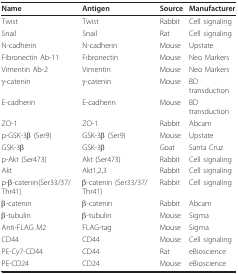
<table><thead><tr><td><b>Name</b></td><td><b>Antigen</b></td><td><b>Source</b></td><td><b>Manufacturer</b></td></tr></thead><tbody><tr><td>Twist</td><td>Twist</td><td>Rabbit</td><td>Cell signaling</td></tr><tr><td>Snail</td><td>Snail</td><td>Rat</td><td>Cell signaling</td></tr><tr><td>N-cadherin</td><td>N-cadherin</td><td>Mouse</td><td>Upstate</td></tr><tr><td>Fibronectin Ab-11</td><td>Fibronectin</td><td>Mouse</td><td>Neo Markers</td></tr><tr><td>Vimentin Ab-2</td><td>Vimentin</td><td>Mouse</td><td>Neo Markers</td></tr><tr><td>γ-catenin</td><td>γ-catenin</td><td>Mouse</td><td>BD transduction</td></tr><tr><td>E-cadherin</td><td>E-cadherin</td><td>Mouse</td><td>BD transduction</td></tr><tr><td>ZO-1</td><td>ZO-1</td><td>Rabbit</td><td>Abcam</td></tr><tr><td>p-GSK-3β (Ser9)</td><td>GSK-3β (Ser9)</td><td>Mouse</td><td>Upstate</td></tr><tr><td>GSK-3β</td><td>GSK-3β</td><td>Goat</td><td>Santa Cruz</td></tr><tr><td>p-Akt (Ser473)</td><td>Akt (Ser473)</td><td>Rabbit</td><td>Cell signaling</td></tr><tr><td>Akt</td><td>Akt1,2,3</td><td>Rabbit</td><td>Cell signaling</td></tr><tr><td>p-β-catenin(Ser33/37/Thr41)</td><td>β-catenin (Ser33/37/Thr41)</td><td>Rabbit</td><td>Cell signaling</td></tr><tr><td>β-catenin</td><td>β-catenin</td><td>Rabbit</td><td>Abcam</td></tr><tr><td>β-tubulin</td><td>β-tubulin</td><td>Mouse</td><td>Sigma</td></tr><tr><td>Anti-FLAG M2</td><td>FLAG-tag</td><td>Mouse</td><td>Sigma</td></tr><tr><td>CD44</td><td>CD44</td><td>Mouse</td><td>Cell signaling</td></tr><tr><td>PE-Cy7-CD44</td><td>CD44</td><td>Rat</td><td>eBioscience</td></tr><tr><td>PE-CD24</td><td>CD24</td><td>Mouse</td><td>eBioscience</td></tr></tbody></table>